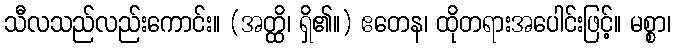
သီလသည်လည်းကောင်း။ (အတ္ထိ၊ ရှိ၏။) ဧတေန၊ ထိုတရားအပေါင်းဖြင့်။ မစ္စာ၊